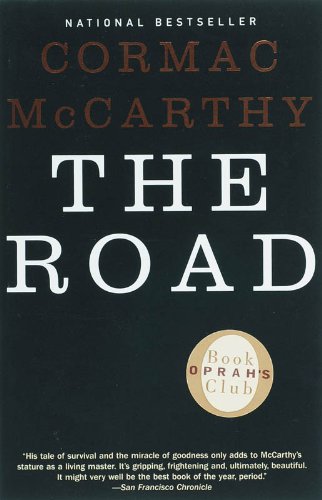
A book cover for The Road; Cormac McCarthy; Literature & Fiction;